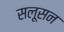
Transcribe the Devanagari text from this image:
सलूसन